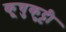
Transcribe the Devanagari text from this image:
कूचुकुट्टी